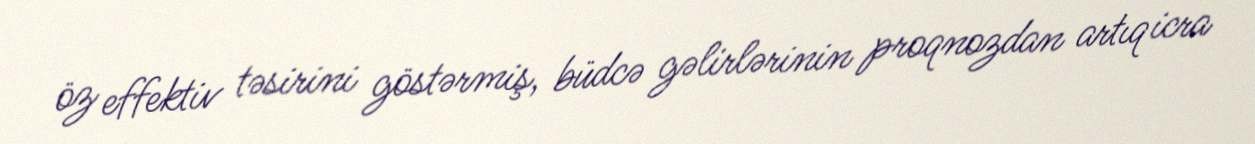
öz effektiv təsirini göstərmiş, büdcə gəlirlərinin proqnozdan artıq icra